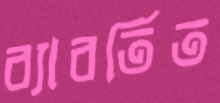
ব্যাবর্তিত